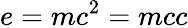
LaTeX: e=mc^{2}=mcc